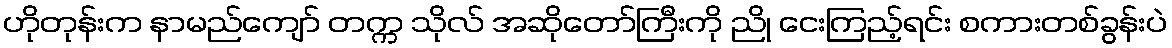
ဟိုတုန်းက နာမည်ကျော် တက္က သိုလ် အဆိုတော်ကြီးကို ညို ငေးကြည့်ရင်း စကားတစ်ခွန်းပဲ